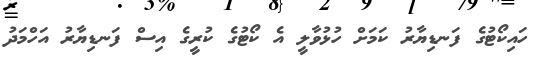
ހައިކޯޓުގެ ފަނޑިޔާރު ކަމަށް ހުޅުވާލީ އެ ކޯޓުގެ ކުރީގެ އިސް ފަނޑިޔާރު އަހްމަދު